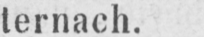
ternach.